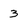
Character: 3